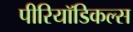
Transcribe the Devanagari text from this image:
पीरियॉडिकल्स